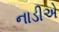
નાડીએ